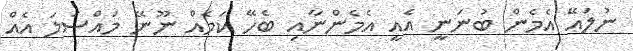
ނުލައޭ އެމެން ބުނަނީ އެއީ އެމެންނާއި ބެހޭ ކަމެއް ނޫނޭ މައްސަލަ އެއް